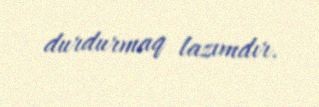
durdurmaq lazımdır.